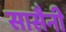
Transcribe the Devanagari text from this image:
सासैनी